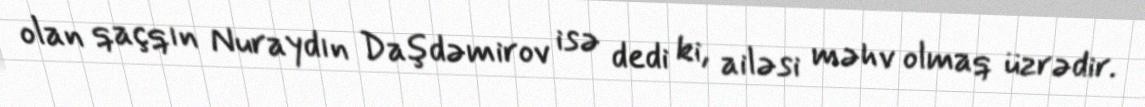
olan qaçqın Nuraydın Daşdəmirov isə dedi ki, ailəsi məhv olmaq üzrədir.